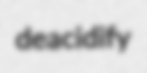
deacidify